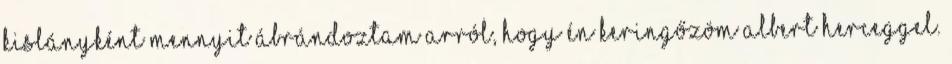
kislányként mennyit ábrándoztam arról, hogy én keringőzöm Albert herceggel.